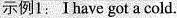
示例1：I have got a cold.